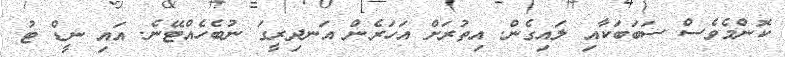
ކޮންމެވެސް ސަބަބަކާއި ލައިގެން. އިތުރަށް އަހަރެން އަނދިރީގަ ނުބެހެއްޓޭނެ. އައި ނީޑް ޓު